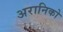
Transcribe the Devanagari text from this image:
अरानिको